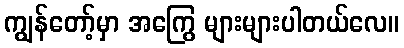
ကျွန်တော့်မှာ အကြွေ များများပါတယ်လေ။